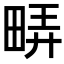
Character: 𬏇